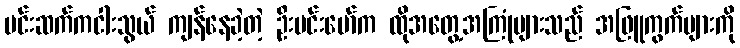
မင်းဆက်ကငါးသွယ် ကျန်နေခဲ့တဲ့ ဦးမင်းမော်က ထိုအတွေ့အကြုံများသည် အဖြူကွက်များကို